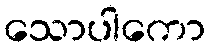
သောပါကော